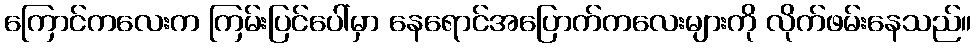
ကြောင်ကလေးက ကြမ်းပြင်ပေါ်မှာ နေရောင်အပြောက်ကလေးများကို လိုက်ဖမ်းနေသည်။